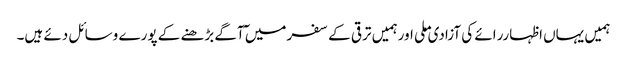
ہمیں یہاں اظہاررائے کی آزادی ملی اورہمیں ترقی کے سفرمیں ٓآگے بڑھنے کے پورے وسائل دئے ہیں۔